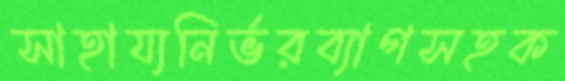
সাহায্যনির্ভরব্যাগসহক